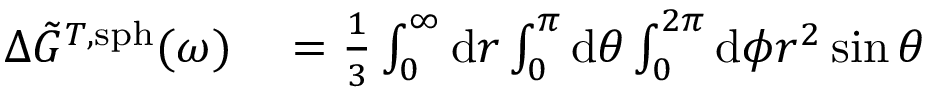
\begin{array} { r l } { \Delta \Tilde { G } ^ { T , \mathrm { s p h } } ( \omega ) } & { { } = \frac { 1 } { 3 } \int _ { 0 } ^ { \infty } \mathrm { d } r \int _ { 0 } ^ { \pi } \mathrm { d } \theta \int _ { 0 } ^ { 2 \pi } \mathrm { d } \phi r ^ { 2 } \sin \theta } \end{array}